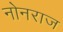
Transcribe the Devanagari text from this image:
नोनराज